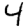
Digit: 4